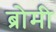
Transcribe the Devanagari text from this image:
ब्रोमी